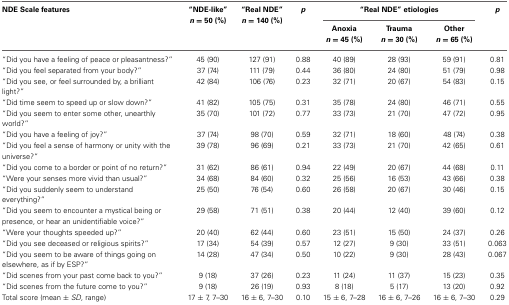
<table><thead><tr><td><b>NDE Scale features</b></td><td><b>“NDE-like” <i>n</i> = 50 (%)</b></td><td><b>“Real NDE” <i>n</i> = 140 (%)</b></td><td><b><i>p</i></b></td><td colspan="3"><b>“Real NDE” etiologies</b></td><td><b><i>p</i></b></td></tr><tr><td></td><td></td><td></td><td></td><td><b>Anoxia <i>n</i> = 45 (%)</b></td><td><b>Trauma <i>n</i> = 30 (%)</b></td><td><b>Other <i>n</i> = 65 (%)</b></td><td></td></tr></thead><tbody><tr><td>“Did you have a feeling of peace or pleasantness?”</td><td>45 (90)</td><td>127 (91)</td><td>0.88</td><td>40 (89)</td><td>28 (93)</td><td>59 (91)</td><td>0.81</td></tr><tr><td>“Did you feel separated from your body?”</td><td>37 (74)</td><td>111 (79)</td><td>0.44</td><td>36 (80)</td><td>24 (80)</td><td>51 (79)</td><td>0.98</td></tr><tr><td>“Did you see, or feel surrounded by, a brilliant light?”</td><td>42 (84)</td><td>106 (76)</td><td>0.23</td><td>32 (71)</td><td>20 (67)</td><td>54 (83)</td><td>0.15</td></tr><tr><td>“Did time seem to speed up or slow down?”</td><td>41 (82)</td><td>105 (75)</td><td>0.31</td><td>35 (78)</td><td>24 (80)</td><td>46 (71)</td><td>0.55</td></tr><tr><td>“Did you seem to enter some other, unearthly world?”</td><td>35 (70)</td><td>101 (72)</td><td>0.77</td><td>33 (73)</td><td>21 (70)</td><td>47 (72)</td><td>0.95</td></tr><tr><td>“Did you have a feeling of joy?”</td><td>37 (74)</td><td>98 (70)</td><td>0.59</td><td>32 (71)</td><td>18 (60)</td><td>48 (74)</td><td>0.38</td></tr><tr><td>“Did you feel a sense of harmony or unity with the universe?”</td><td>39 (78)</td><td>96 (69)</td><td>0.21</td><td>33 (73)</td><td>21 (70)</td><td>42 (65)</td><td>0.61</td></tr><tr><td>“Did you come to a border or point of no return?”</td><td>31 (62)</td><td>86 (61)</td><td>0.94</td><td>22 (49)</td><td>20 (67)</td><td>44 (68)</td><td>0.11</td></tr><tr><td>“Were your senses more vivid than usual?”</td><td>34 (68)</td><td>84 (60)</td><td>0.32</td><td>25 (56)</td><td>16 (53)</td><td>43 (66)</td><td>0.38</td></tr><tr><td>“Did you suddenly seem to understand everything?”</td><td>25 (50)</td><td>76 (54)</td><td>0.60</td><td>26 (58)</td><td>20 (67)</td><td>30 (46)</td><td>0.15</td></tr><tr><td>“Did you seem to encounter a mystical being or presence, or hear an unidentifiable voice?”</td><td>29 (58)</td><td>71 (51)</td><td>0.38</td><td>20 (44)</td><td>12 (40)</td><td>39 (60)</td><td>0.12</td></tr><tr><td>“Were your thoughts speeded up?”</td><td>20 (40)</td><td>62 (44)</td><td>0.60</td><td>23 (51)</td><td>15 (50)</td><td>24 (37)</td><td>0.26</td></tr><tr><td>“Did you see deceased or religious spirits?”</td><td>17 (34)</td><td>54 (39)</td><td>0.57</td><td>12 (27)</td><td>9 (30)</td><td>33 (51)</td><td>0.063</td></tr><tr><td>“Did you seem to be aware of things going on elsewhere, as if by ESP?”</td><td>14 (28)</td><td>47 (34)</td><td>0.50</td><td>10 (22)</td><td>9 (30)</td><td>28 (43)</td><td>0.067</td></tr><tr><td>“Did scenes from your past come back to you?”</td><td>9 (18)</td><td>37 (26)</td><td>0.23</td><td>11 (24)</td><td>11 (37)</td><td>15 (23)</td><td>0.35</td></tr><tr><td>“Did scenes from the future come to you?”</td><td>9 (18)</td><td>26 (19)</td><td>0.93</td><td>8 (18)</td><td>5 (17)</td><td>13 (20)</td><td>0.92</td></tr><tr><td>Total score (mean ± <i>SD</i>, range)</td><td>17 ± 7, 7–30</td><td>16 ± 6, 7–30</td><td>0.10</td><td>15 ± 6, 7–28</td><td>16 ± 6, 7–26</td><td>16 ± 6, 7–30</td><td>0.29</td></tr></tbody></table>